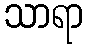
သာရာ